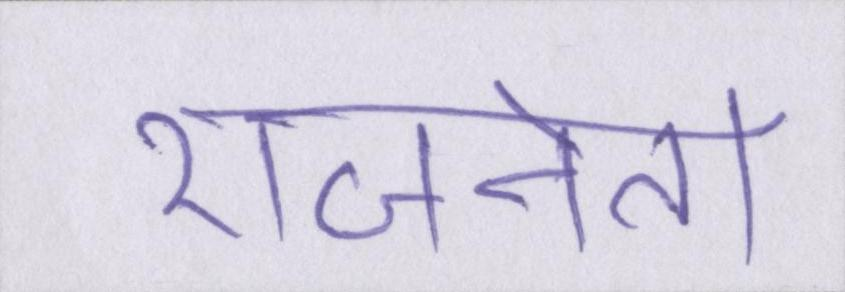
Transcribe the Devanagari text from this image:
राजनेता